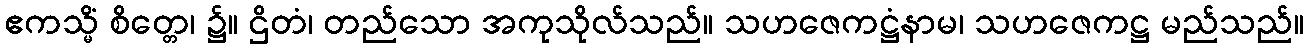
ဧကသ္မိံ စိတ္တေ၊ ၌။ ဌိတံ၊ တည်သော အကုသိုလ်သည်။ သဟဇေကဋ္ဌံနာမ၊ သဟဇေကဋ္ဌ မည်သည်။